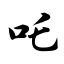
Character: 吒